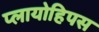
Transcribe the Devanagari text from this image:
प्लायोहिपस